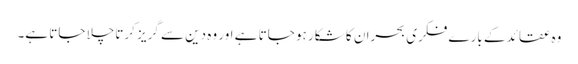
وہ عقائد کے بارے فکری بحران کا شکار ہو جاتا ہے اور وہ دین سے گریز کرتاچلا جاتا ہے۔